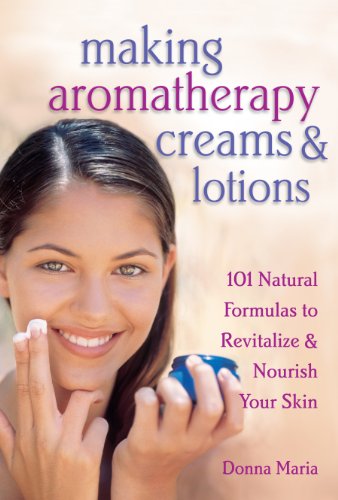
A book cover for Making Aromatherapy Creams and Lotions: 101 Natural Formulas to Revitalize & Nourish Your Skin; Donna Maria; Health, Fitness & Dieting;